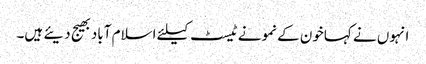
انہوں نے کہاخون کے نمونے ٹیسٹ کیلئے اسلام آبادبھیج دیئے ہیں۔